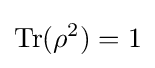
\operatorname {Tr} (\rho ^{2})=1